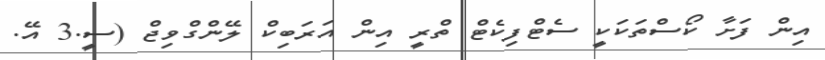
އިން ފަށާ ކޯސްތަކަކީ ސެޓްފިކެޓް ތްރީ އިން އަރަބިކް ލޭންގްވިޖް (ސީ.3 އޭ.